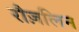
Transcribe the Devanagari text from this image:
रौज़लिन